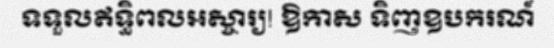
ទទួលឥទ្ធិពលអស្ចារ្យ! ឱកាស ទិញឧបករណ៍